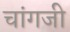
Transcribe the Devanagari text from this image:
चांगजी